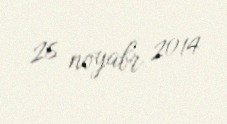
26 noyabr 2014